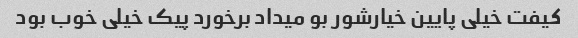
کیفت خیلی پایین خیارشور بو میداد برخورد پیک خیلی خوب بود